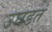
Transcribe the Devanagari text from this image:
उघडतं